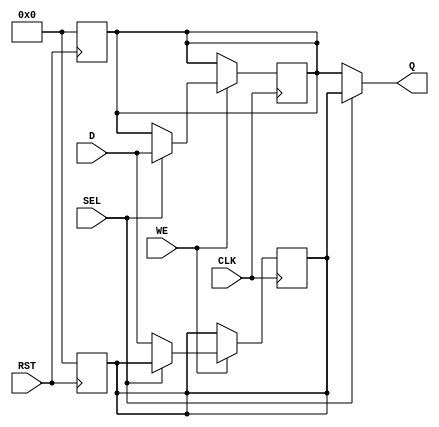
module double_buffer_register (
    input wire [7:0] D,        // Data input (8-bit wide)
    input wire WE,             // Write Enable
    input wire CLK,            // Clock signal
    input wire SEL,            // Select signal
    input wire RST,            // Reset signal
    output reg [7:0] Q         // Data output (8-bit wide)
);

    // Internal registers for Buffer A and Buffer B
    reg [7:0] buffer_a;
    reg [7:0] buffer_b;

    // Asynchronous reset
    always @(posedge RST) begin
        buffer_a <= 8'b0; // Initialize Buffer A to 0
        buffer_b <= 8'b0; // Initialize Buffer B to 0
    end

    // Write operation
    always @(posedge CLK) begin
        if (WE) begin
            if (SEL) begin
                buffer_b <= D; // Write to Buffer B
            end else begin
                buffer_a <= D; // Write to Buffer A
            end
        end
    end

    // Read operation
    always @(*) begin
        if (SEL) begin
            Q = buffer_a; // Output from Buffer A when SEL is high
        end else begin
            Q = buffer_b; // Output from Buffer B when SEL is low
        end
    end

endmodule